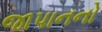
જાપાનનો